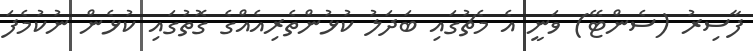
ފާސިރު (ސެންޓޭ) ވަނީ އެ މެޗުގައި ބަދަލު ކުޅުންތެރިއެއްގެ ގޮތުގައި ކުޅެން ނުކުމެފަ